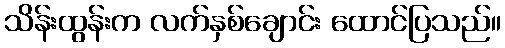
သိန်းထွန်းက လက်နှစ်ချောင်း ထောင်ပြသည်။